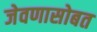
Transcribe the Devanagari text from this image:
जेवणासोबत